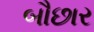
બૌછાર